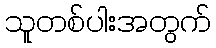
သူတစ်ပါးအတွက်